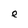
Character: e